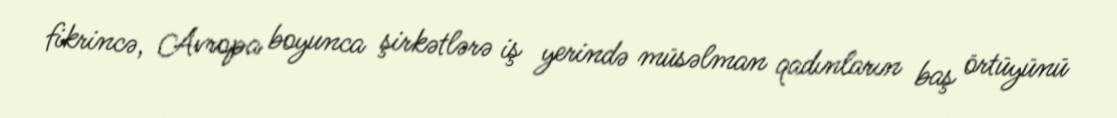
fikrincə, Avropa boyunca şirkətlərə iş yerində müsəlman qadınların baş örtüyünü